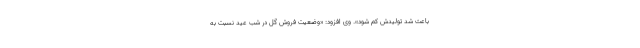
باعث شد تولیدش کم شود». وی افزود: «وضعیت فروش گل در شب عید نسبت به